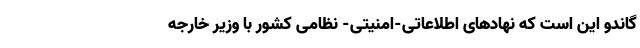
گاندو این است که نهادهای اطلاعاتی-امنیتی- نظامی کشور با وزیر خارجه